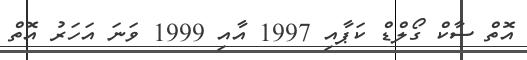
އޮތް ސާކް ގޯލްޑް ކަޕާއި 1997 އާއި 1999 ވަނަ އަހަރު އޮތް